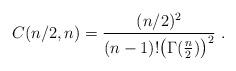
LaTeX: \begin{align*} C(n/2,n)=\frac{(n/2)^2}{(n-1)!\bigl(\Gamma(\frac n2)\bigr)^2}\ . \end{align*}